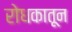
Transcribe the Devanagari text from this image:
रोधकातून